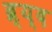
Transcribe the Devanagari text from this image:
ब्र्य्द